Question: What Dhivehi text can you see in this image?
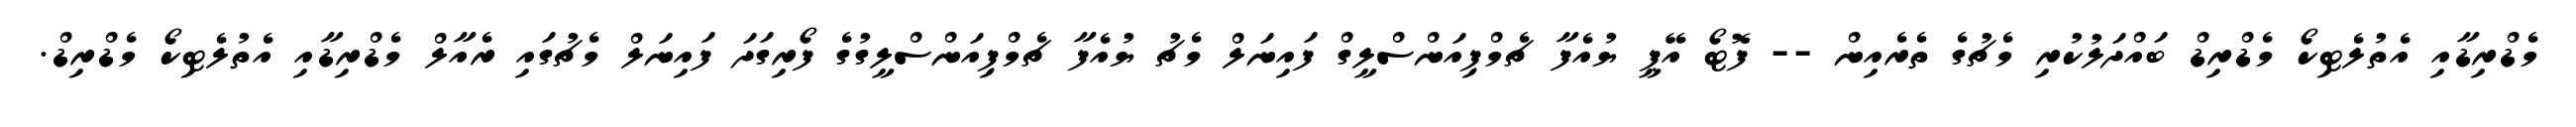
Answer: މެޑްރިޑާއި އެތުލެޓިކޯ މެޑްރިޑް ބައްދަލުކުރި މެޗުގެ ތެރެއިން -- ފޮޓޯ އޭޕީ ޔުއެފާ ޗެމްޕިއަންސްލީގް ފައިނަލް މެޗު ޔުއެފާ ޗެމްޕިއަންސްލީގުގެ ފޯރިގަދަ ފައިނަލް މެޗުގައި ރެއާލް މެޑްރިޑާއި އެތުލެޓިކޯ މެޑްރިޑް.